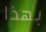
بهذا